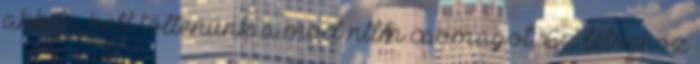
akkor kell töltenünk a mod ntlm csomagot. Ez létrehoz